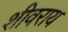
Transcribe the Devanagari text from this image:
शीवराय